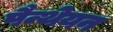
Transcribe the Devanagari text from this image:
पैन्थेयन